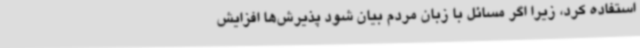
استفاده کرد، زیرا اگر مسائل با زبان مردم بیان شود پذیرش‌ها افزایش